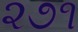
૨૭૧